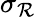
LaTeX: \sigma_{\mathcal{R}}